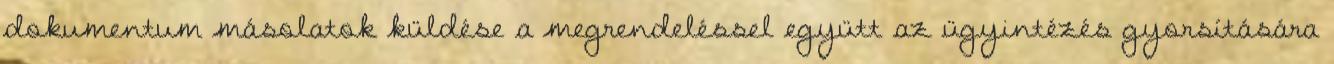
dokumentum másolatok küldése a megrendeléssel együtt az ügyintézés gyorsítására